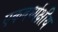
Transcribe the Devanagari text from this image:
एकवर्ध्यक्षीय